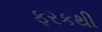
ફરકથી